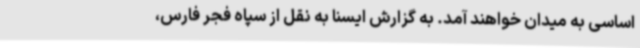
اساسی به میدان خواهند آمد. به گزارش ایسنا به نقل از سپاه فجر فارس،